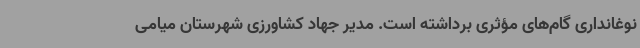
نوغانداری گام‌های مؤثری برداشته است. مدیر جهاد کشاورزی شهرستان میامی